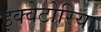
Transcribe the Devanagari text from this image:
इक्वेटोरिया